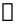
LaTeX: \boldsymbol{\mathscr{J}}